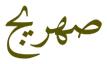
صھريج